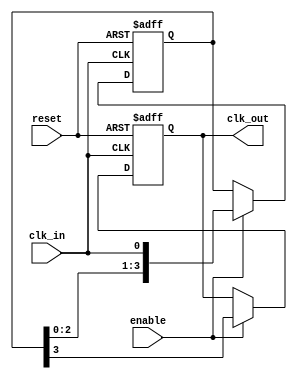
module delay_clock_buffer #(
    parameter DELAY_CYCLES = 4 // Number of clock cycles to delay
)(
    input wire clk_in,          // Input clock signal
    input wire enable,          // Enable signal
    input wire reset,           // Asynchronous reset signal
    output reg clk_out          // Delayed output clock signal
);

    // Internal register to hold the delayed clock signal
    reg [DELAY_CYCLES-1:0] delay_reg;

    // Asynchronous reset and clocking behavior
    always @(posedge clk_in or posedge reset) begin
        if (reset) begin
            // Reset the delay register and output clock
            delay_reg <= 0;
            clk_out <= 0;
        end else if (enable) begin
            // Shift the delay register on each clock cycle
            delay_reg <= {delay_reg[DELAY_CYCLES-2:0], clk_in};
            // Output the last value in the delay register
            clk_out <= delay_reg[DELAY_CYCLES-1];
        end
    end

endmodule